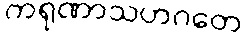
ကရုဏာသဟဂတေ